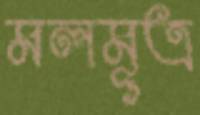
মলমূত্র